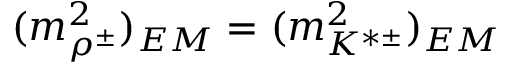
( { m _ { \rho ^ { \pm } } ^ { 2 } } ) _ { E M } = ( { m _ { K ^ { * \pm } } ^ { 2 } } ) _ { E M }